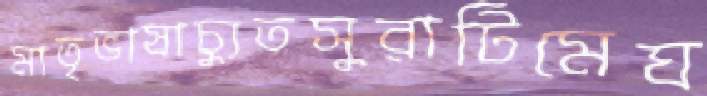
মাতৃভাষাচ্যুতসুরাটিমেঘ